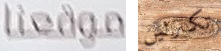
موقعنا تكترثين